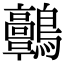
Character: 𪈃